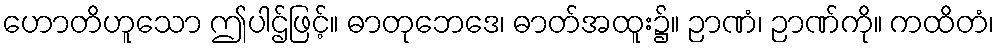
ဟောတိဟူသော ဤပါဌ်ဖြင့်။ ဓာတုဘေဒေ၊ ဓာတ်အထူး၌။ ဉာဏံ၊ ဉာဏ်ကို။ ကထိတံ၊